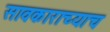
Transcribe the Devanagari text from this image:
सावकाराच्याच